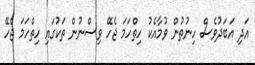
އަދި އަބަދުވެސް ހިނުތުން ވުމާއެކު ހިތްހަމަ ޖެހޭ ވިސްނުން ތަކުގައި ހިތްހަމަ ޖެހޭ